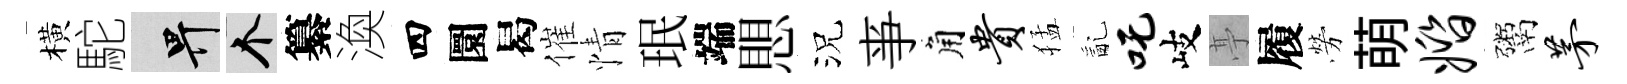
橫駝畀个纂渙四圜曷催情珉端愳況亊角贵猛亂吒岐𠅘履勞萌婚鬻茅